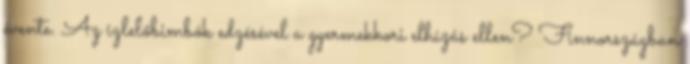
évente. Az ízlelőbimbók edzésével a gyermekkori elhízás ellen? Finnországban